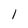
Character: 1